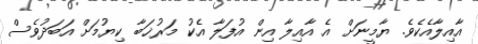
އާއިލާއެކެވެ. ޔާމީނަށް އެ އާއިލާ އިން އުފަލާ އެކު މަރުޚަބާ ކިޔުމަށް އަބަދުވެސް